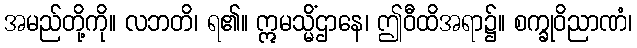
အမည်တို့ကို။ လဘတိ၊ ရ၏။ ဣမသ္မိံဌာနေ၊ ဤဝီထိအရာ၌။ စက္ခုဝိညာဏံ၊